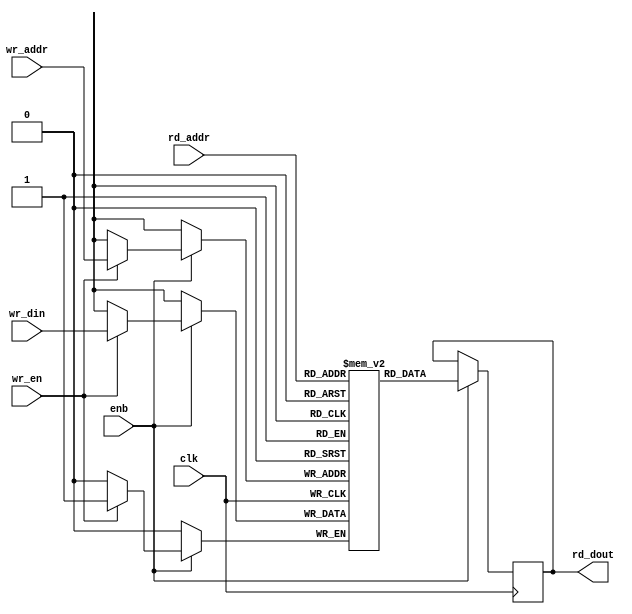
// -------------------------------------------------------------
// 
// 
// Generated by MATLAB 9.6 and HDL Coder 3.14
// 
// -------------------------------------------------------------


// -------------------------------------------------------------
// 
// Module: BirdEyeViewImproved_ip_SimpleDualPortRAM_singlebit
// Source Path: BirdEyeViewImproved_ip/BirdEyeViewImproved_ip_axi4_stream_video_master/BirdEyeViewImproved_ip_fifo_sof_out/BirdEyeViewImproved_ip_fifo_sof_out_classic/BirdEyeViewImproved_ip_SimpleDualPortRAM_singlebit
// Hierarchy Level: 4
// 
// -------------------------------------------------------------

`timescale 1 ns / 1 ns

module BirdEyeViewImproved_ip_SimpleDualPortRAM_singlebit
          (clk,
           enb,
           wr_din,
           wr_addr,
           wr_en,
           rd_addr,
           rd_dout);

  parameter AddrWidth = 1;
  parameter DataWidth = 1;

  input   clk;
  input   enb;
  input   wr_din;  // ufix1
  input   [AddrWidth - 1:0] wr_addr;  // parameterized width
  input   wr_en;  // ufix1
  input   [AddrWidth - 1:0] rd_addr;  // parameterized width
  output  rd_dout;  // ufix1


  reg   ram [2**AddrWidth - 1:0];
  reg   data_int;
  integer i;

  initial begin
    for (i=0; i<=2**AddrWidth - 1; i=i+1) begin
      ram[i] = 0;
    end
    data_int = 0;
  end


  always @(posedge clk)
    begin : BirdEyeViewImproved_ip_SimpleDualPortRAM_singlebit_process
      if (enb == 1'b1) begin
        if (wr_en == 1'b1) begin
          ram[wr_addr] <= wr_din;
        end
        data_int <= ram[rd_addr];
      end
    end

  assign rd_dout = data_int;

endmodule  // BirdEyeViewImproved_ip_SimpleDualPortRAM_singlebit